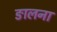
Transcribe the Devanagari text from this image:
ङालना